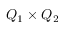
Q _ { 1 } \times Q _ { 2 }